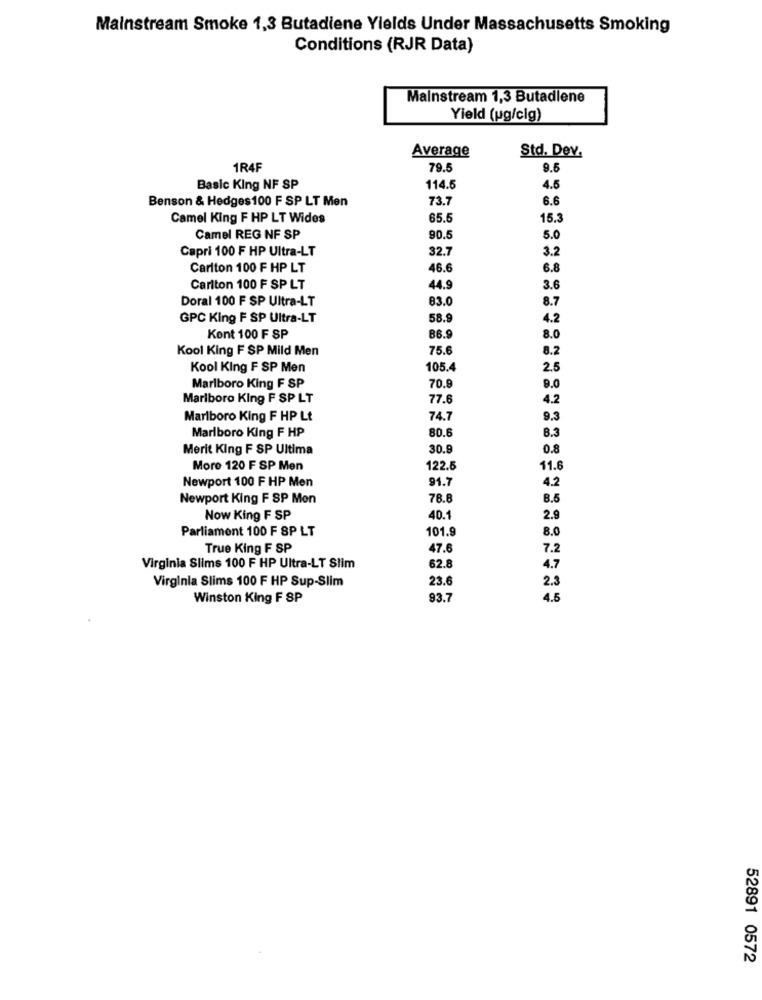
Mainstream Smoke 1,3 Butadiene Yields Under Massachusetts Smoking
Conditions (RJR Data)
Mainstream 1,3 Butadiene
Yield (ug/cig)
Average
Std. Dev.
1R4F
79.5
9.5
Basic King NF SP
114.5
4.5
Benson & Hedges100 F SP LT Men
73.7
6.6
Camel King F HP LT Wides
65.5
15.
Camel REG NF SP
90.5
5.0
Capri 100 F HP Ultra-LT
32.7
3.2
Carlton 100 F HP LT
46.6
6.8
Carlton 100 F SP LT
44.9
3.6
Doral 100 F SP Ultra-LT
83.0
8.7
GPC King F SP Ultra-LT
58.9
4.2
Kont 100 F SP
B6.
8.0
Kool King F SP Mild Men
75.6
8.2
Kool King F SP Men
105.4
2.5
70.8
Marlboro King F SP
9.0
Marlboro King F SP LT
77.6
4.2
Marlboro King F HP Lt
74.7
9.3
8.3
Marlboro King F HP
80.6
Merit King F SP Ultima
30.9
0.8
Moro 120 F SP Men
122.5
11.6
Newport 100 F HP Men
91.7
4.2
Newport King F SP Mon
78.8
8.5
Now King F SP
40.1
2.9
Parliament 100 F SP LT
101.9
8.0
True King F SP
47.6
7.2
Virginia Slims 100 F HP Ultra-LT Slim
62.8
4.7
23.6
2.3
Virginia Slims 100 F HP Sup-Slim
Winston King F SP
93.7
4.5
52891 0572